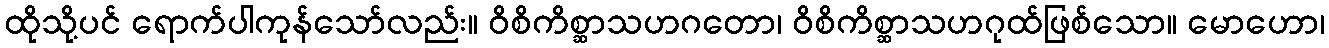
ထိုသို့ပင် ရောက်ပါကုန်သော်လည်း။ ဝိစိကိစ္ဆာသဟဂတော၊ ဝိစိကိစ္ဆာသဟဂုထ်ဖြစ်သော။ မောဟော၊